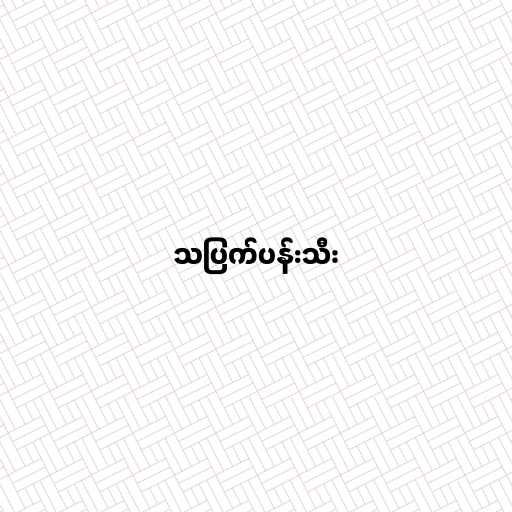
သပြက်ပန်းသီး